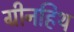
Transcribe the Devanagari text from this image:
ग्रीनहिथ